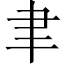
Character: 聿